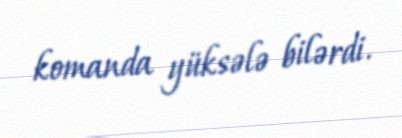
komanda yüksələ bilərdi.